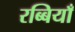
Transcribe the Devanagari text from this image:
रब्बियाँ